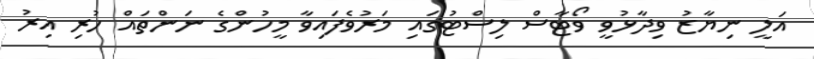
އަލީ ނިޔާޒު ވިދާޅުވީ ވޯޓާސް ލިސްޓުގައި މަރުވެފައިވާ މީހުންގެ ނަންތައް ހުރި އިރު